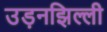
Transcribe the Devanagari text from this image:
उड़नझिल्ली